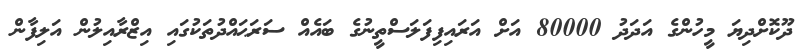
ދޫކޮށްދިޔަ މީހުންގެ އަދަދު 80000 އަށް އަރައިފިފަލަސްތީނުގެ ބައެއް ސަރަޙައްދުތަކުގައި އިޒްރާއިލުން އަލިފާން